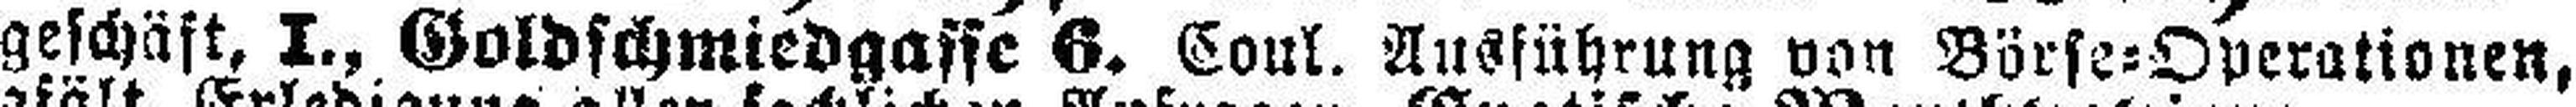
geschäft. I., Goldschmiedgasse 6. Coul. Ausführung von Börse=Operationen,